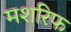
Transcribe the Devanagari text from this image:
मशरिफ